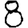
Digit: 8